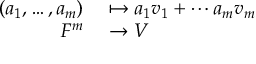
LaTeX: \begin{array} { r l } { ( a _ { 1 } , \ldots , a _ { m } ) } & { { } \mapsto a _ { 1 } v _ { 1 } + \cdots a _ { m } v _ { m } } \\ { F ^ { m } } & { { } \to V } \end{array}